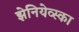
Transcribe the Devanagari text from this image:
झेनियेव्स्का